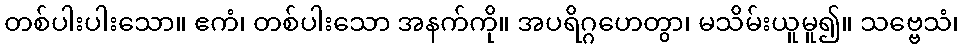
တစ်ပါးပါးသော။ ဧကံ၊ တစ်ပါးသော အနက်ကို။ အပရိဂ္ဂဟေတွာ၊ မသိမ်းယူမူ၍။ သဗ္ဗေသံ၊